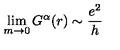
\lim _ { m \rightarrow 0 } G ^ { \mathbf { \alpha } } ( r ) \sim \frac { e ^ { 2 } } { h }